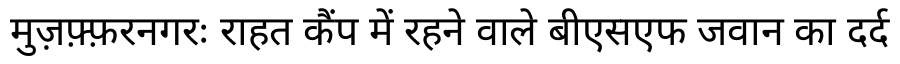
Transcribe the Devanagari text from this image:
मुज़फ़्फ़रनगरः राहत कैंप में रहने वाले बीएसएफ जवान का दर्द